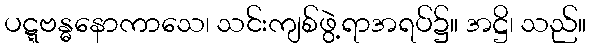
ပဋ္ဋဗန္ဓနောကာသေ၊ သင်းကျစ်ဖွဲ့ရာအရပ်၌။ အဋ္ဌိ၊ သည်။